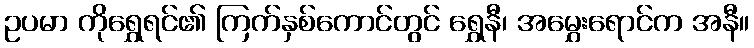
ဥပမာ ကိုရွှေရင်၏ ကြက်နှစ်ကောင်တွင် ရွှေနီ၊ အမွှေးရောင်က အနီ။